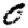
Digit: 0